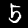
Label: 5